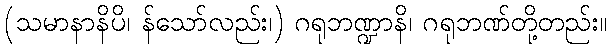
(သမာနာနိပိ၊ န်သော်လည်း၊) ဂရုဘဏ္ဍာနိ၊ ဂရုဘဏ်တို့တည်း။